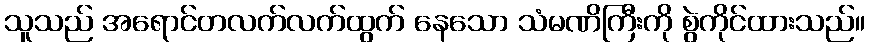
သူသည် အရောင်တလက်လက်ထွက် နေသော သံမဏိကြီးကို စွဲကိုင်ထားသည်။